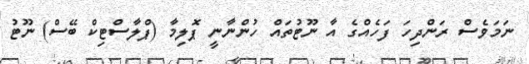
ނަމަވެސް ރަންދިހަ ފަހެއްގެ އާ ނޫޓުތައް ހުންނާނީ ޕޮލިމާ (ޕްލާސްޓިކް ބޭސް) ނޫޓު